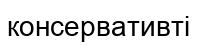
консервативті